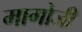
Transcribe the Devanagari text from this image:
मागोजी